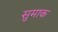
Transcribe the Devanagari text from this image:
सुमाक